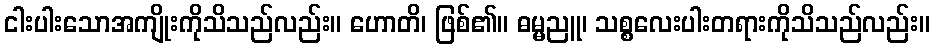
ငါးပါးသောအကျိုးကိုသိသည်လည်း။ ဟောတိ၊ ဖြစ်၏။ ဓမ္မညူ၊ သစ္စလေးပါးတရားကိုသိသည်လည်း။